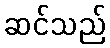
ဆင်သည်